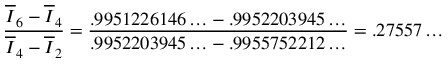
\frac { \overline { { { I } } } _ { 6 } - \overline { { { I } } } _ { 4 } } { \overline { { { I } } } _ { 4 } - \overline { { { I } } } _ { 2 } } = { \frac { { . 9 9 5 1 2 2 6 1 4 6 \ldots - . 9 9 5 2 2 0 3 9 4 5 \ldots } } { { . 9 9 5 2 2 0 3 9 4 5 \ldots - . 9 9 5 5 7 5 2 2 1 2 \ldots } } } = . 2 7 5 5 7 \ldots